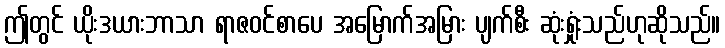
ဤတွင် ယိုးဒယားဘာသာ ရာဇဝင်စာပေ အမြောက်အမြား ပျက်စီး ဆုံးရှုံးသည်ဟုဆိုသည်။